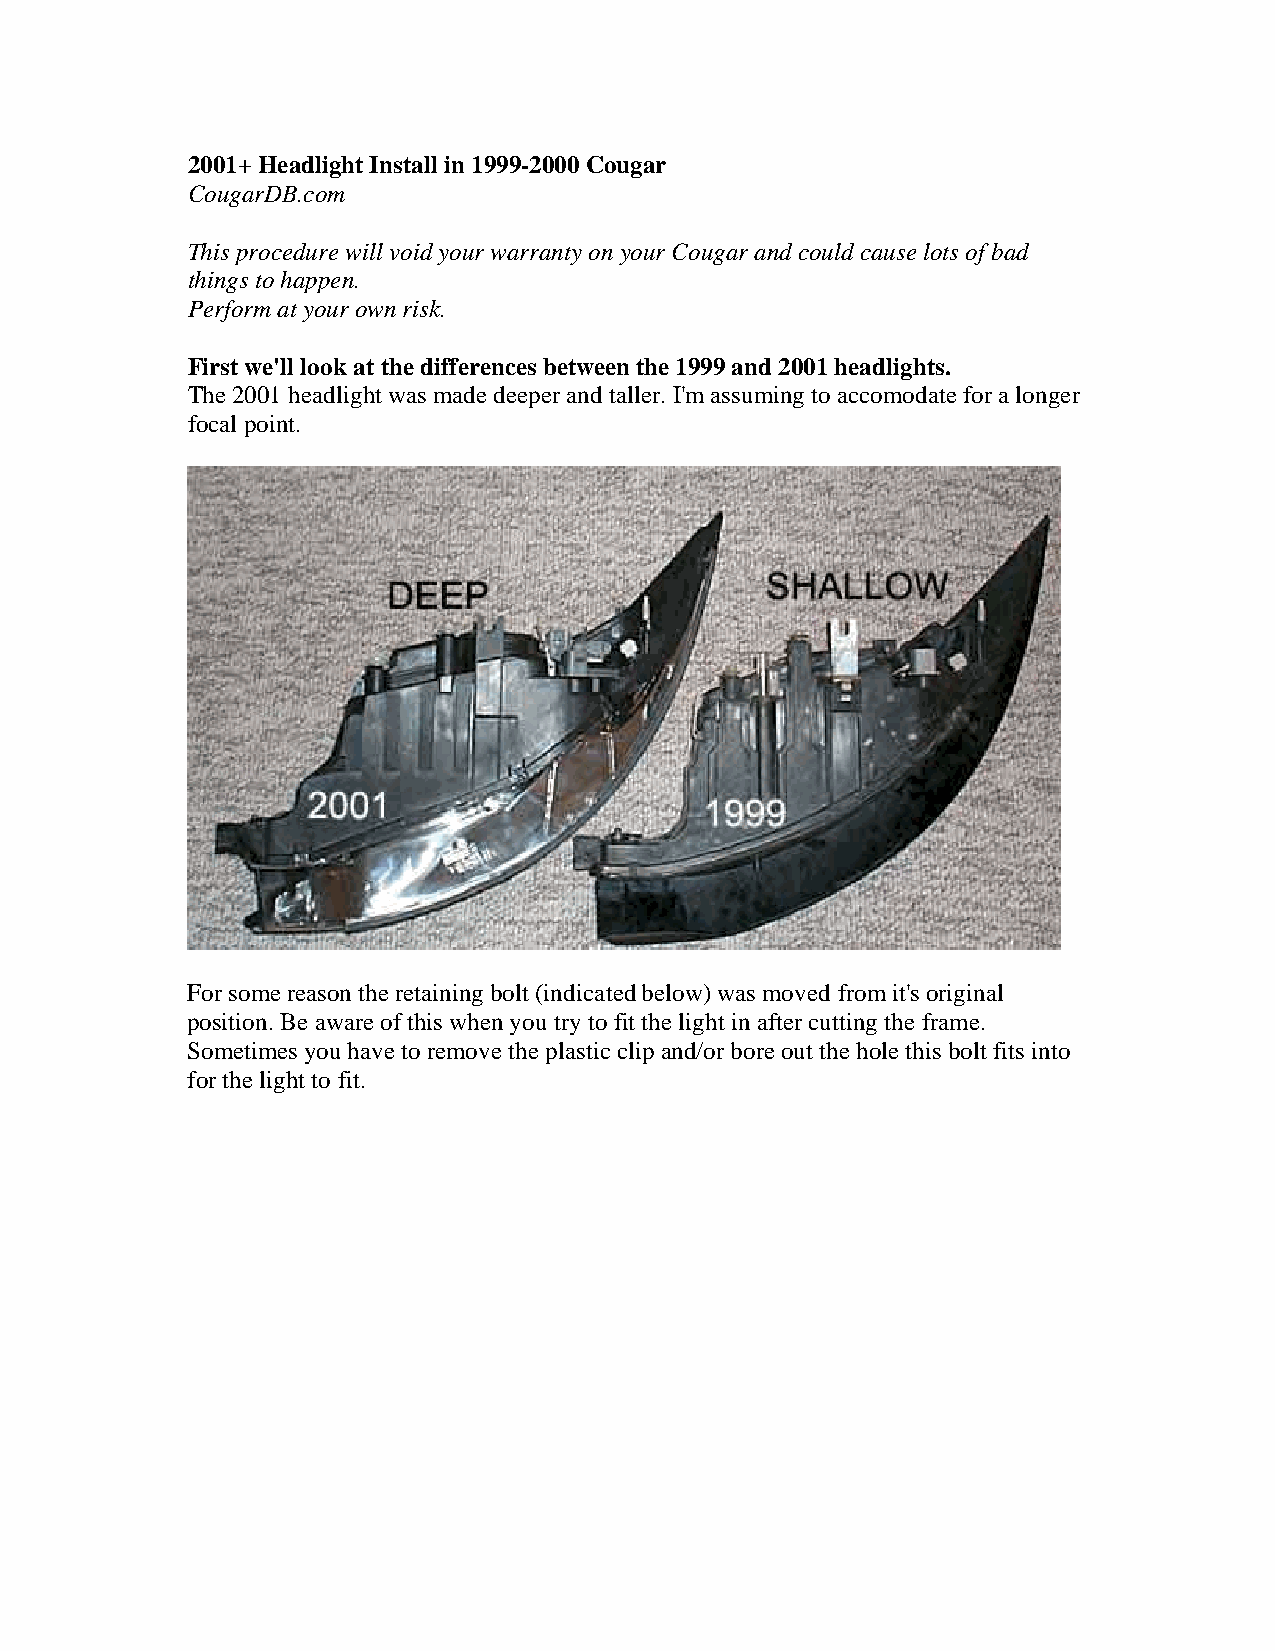
2001+ Headlight Install in 1999-2000 Cougar
 CougarDB.com
 This procedure will void your warranty on your Cougar and could cause lots of bad
 things to happen.
 Perform at your own risk.
 First we'll look at the differences between the 1999 and 2001 headlights.
 The 2001 headlight was made deeper and taller. I'm assuming to accomodate for a longer
 focal point.
 For some reason the retaining bolt (indicated below) was moved from it's original
 position. Be aware of this when you try to fit the light in after cutting the frame.
 Sometimes you have to remove the plastic clip and/or bore out the hole this bolt fits into
 for the light to fit.